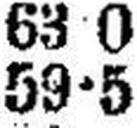
59•5